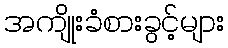
အကျိုးခံစားခွင့်များ